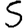
Digit: 5